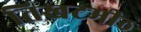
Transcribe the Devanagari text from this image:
तिखटमीठ